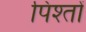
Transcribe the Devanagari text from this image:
पिश्तों